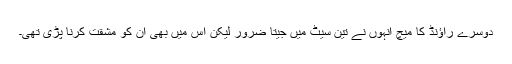
دوسرے راؤنڈ کا میچ انہوں نے تین سیٹ میں جیتا ضرور لیکن اس میں بھی ان کو مشقت کرنا پڑی تھی۔